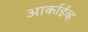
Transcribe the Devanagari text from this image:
आर्काईव्ह